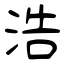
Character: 浩